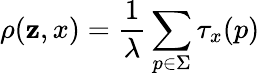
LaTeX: \rho(\mathbf{z},x)=\frac{{1}}{{\lambda}}\sum_{p\in\Sigma}\tau_{x}(p)